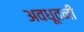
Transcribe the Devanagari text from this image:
अवधूतनी